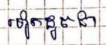
ទៀតដូចជា